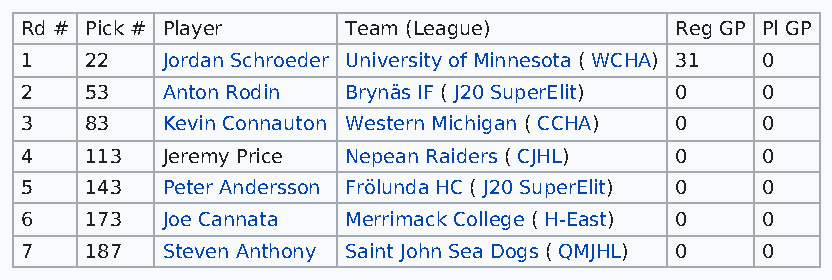
Rd # Pick # Player    Team (League)         Reg GP Pl GP
 1    22   Jordan Schroeder University of Minnesota ( WCHA) 31 0
 2    53   Anton Rodin Brynäs IF ( J20 SuperElit) 0 0
 3    83   Kevin Connauton Western Michigan ( CCHA) 0 0
 4    113  Jeremy Price Nepean Raiders ( CJHL) 0  0
 5    143  Peter Andersson Frölunda HC ( J20 SuperElit) 0 0
 6    173  Joe Cannata Merrimack College ( H-East) 0 0
 7    187  Steven Anthony Saint John Sea Dogs ( QMJHL) 0 0